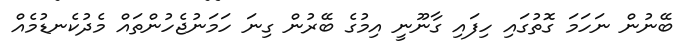
ބޭނުން ނަހަމަ ގޮތުގައި ހިފައި ގާނޫނީ އިމުގެ ބޭރުން ގިނަ ހަމަނުޖެހުންތައް މެދުކެނޑުމެއް